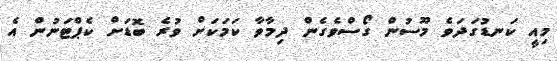
މިއީ ކަނޑުގަދަވެ މޫސުން ގޯސްވެގެން ދިމާވާ ކަމަކަށް ވުރެ ބޮޑަށް ކެޕްޓަނުން އެ